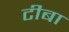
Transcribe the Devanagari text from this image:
टीबा